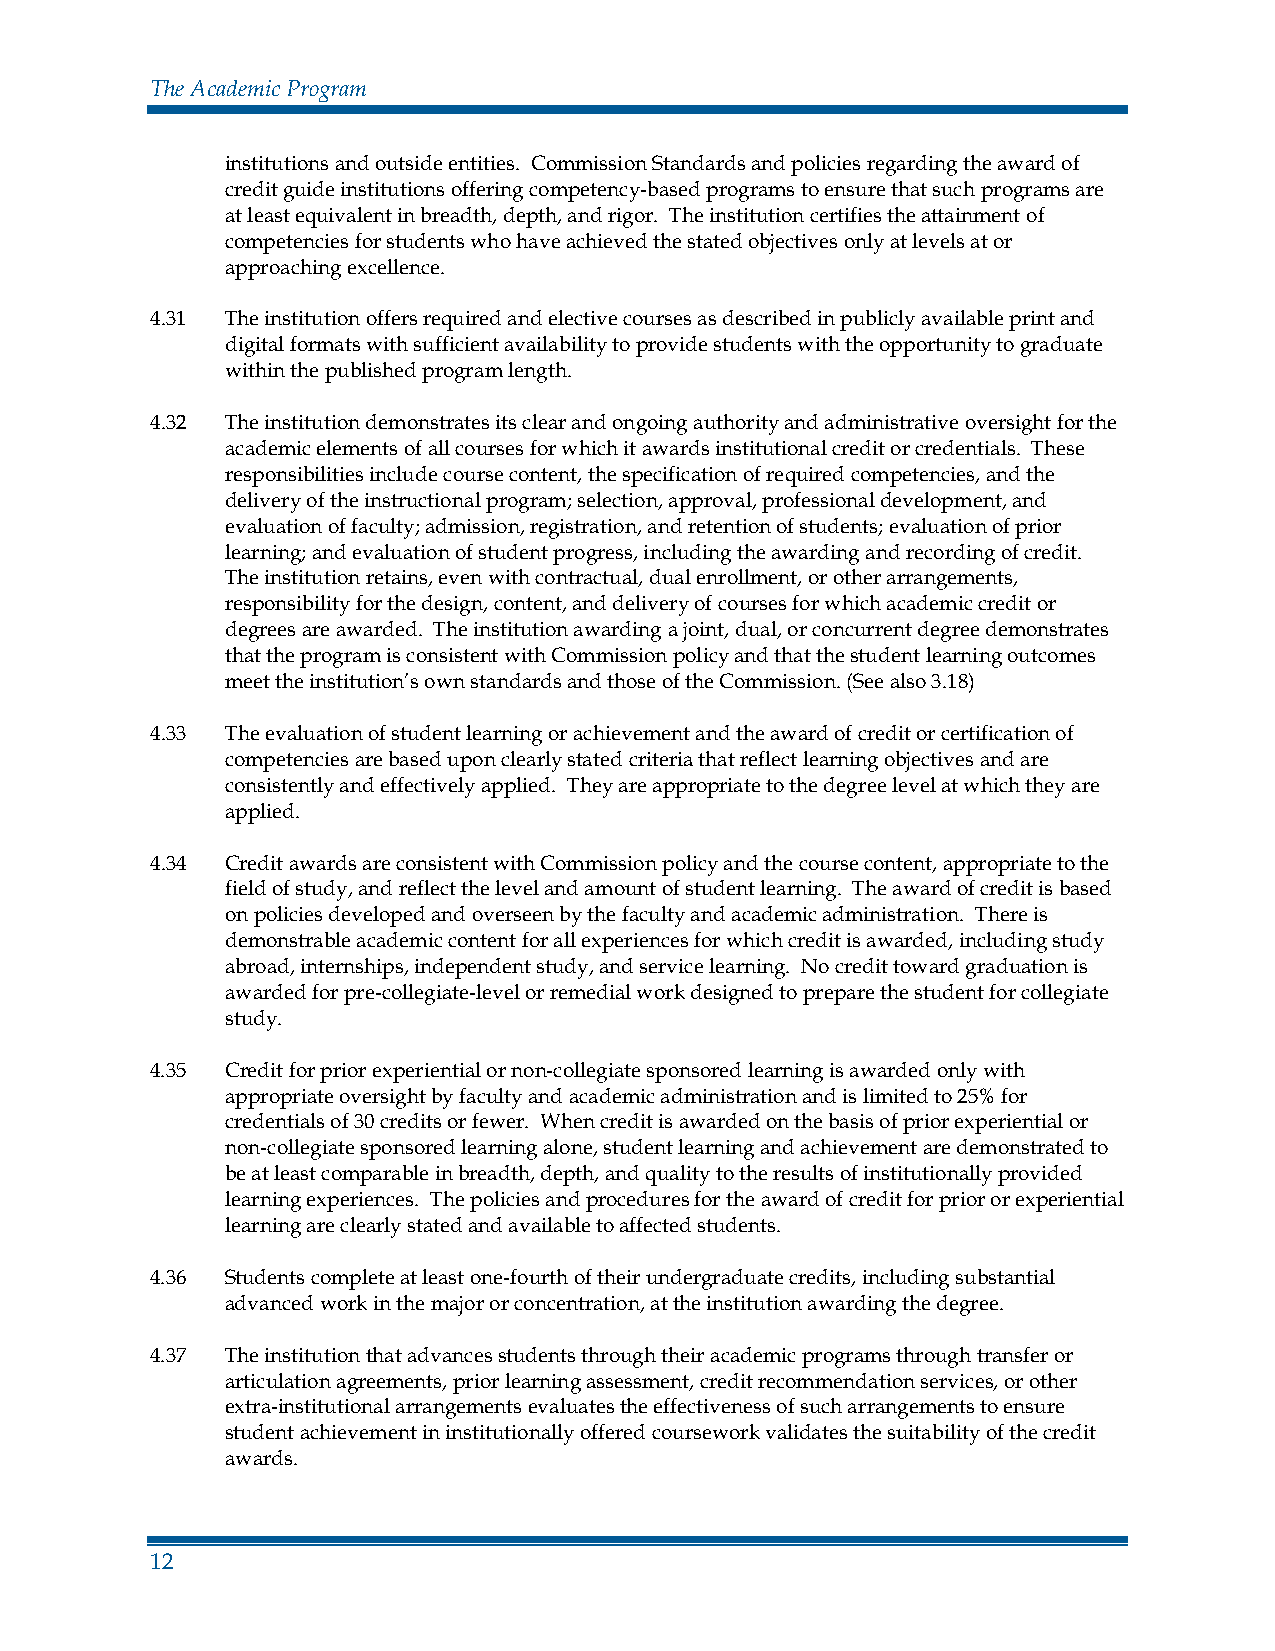
The Academic Program
 institutions and outside entities. Commission Standards and policies regarding the award of
 credit guide institutions offering competency-based programs to ensure that such programs are
 at least equivalent in breadth, depth, and rigor. The institution certifies the attainment of
 competencies for students who have achieved the stated objectives only at levels at or
 approaching excellence.
 4.31 The institution offers required and elective courses as described in publicly available print and
 digital formats with sufficient availability to provide students with the opportunity to graduate
 within the published program length.
 4.32 The institution demonstrates its clear and ongoing authority and administrative oversight for the
 academic elements of all courses for which it awards institutional credit or credentials. These
 responsibilities include course content, the specification of required competencies, and the
 delivery of the instructional program; selection, approval, professional development, and
 evaluation of faculty; admission, registration, and retention of students; evaluation of prior
 learning; and evaluation of student progress, including the awarding and recording of credit.
 The institution retains, even with contractual, dual enrollment, or other arrangements,
 responsibility for the design, content, and delivery of courses for which academic credit or
 degrees are awarded. The institution awarding a joint, dual, or concurrent degree demonstrates
 that the program is consistent with Commission policy and that the student learning outcomes
 meet the institution’s own standards and those of the Commission. (See also 3.18)
 4.33 The evaluation of student learning or achievement and the award of credit or certification of
 competencies are based upon clearly stated criteria that reflect learning objectives and are
 consistently and effectively applied. They are appropriate to the degree level at which they are
 applied.
 4.34 Credit awards are consistent with Commission policy and the course content, appropriate to the
 field of study, and reflect the level and amount of student learning. The award of credit is based
 on policies developed and overseen by the faculty and academic administration. There is
 demonstrable academic content for all experiences for which credit is awarded, including study
 abroad, internships, independent study, and service learning. No credit toward graduation is
 awarded for pre-collegiate-level or remedial work designed to prepare the student for collegiate
 study.
 4.35 Credit for prior experiential or non-collegiate sponsored learning is awarded only with
 appropriate oversight by faculty and academic administration and is limited to 25% for
 credentials of 30 credits or fewer. When credit is awarded on the basis of prior experiential or
 non-collegiate sponsored learning alone, student learning and achievement are demonstrated to
 be at least comparable in breadth, depth, and quality to the results of institutionally provided
 learning experiences. The policies and procedures for the award of credit for prior or experiential
 learning are clearly stated and available to affected students.
 4.36 Students complete at least one-fourth of their undergraduate credits, including substantial
 advanced work in the major or concentration, at the institution awarding the degree.
 4.37 The institution that advances students through their academic programs through transfer or
 articulation agreements, prior learning assessment, credit recommendation services, or other
 extra-institutional arrangements evaluates the effectiveness of such arrangements to ensure
 student achievement in institutionally offered coursework validates the suitability of the credit
 awards.
 12